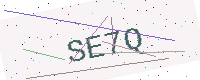
Text: SE7Q